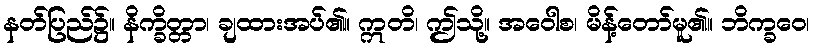
နတ်ပြည်၌။ နိက္ခိတ္တာ၊ ချထားအပ်၏။ ဣတိ၊ ဤသို့။ အဝေါစ၊ မိန့်တော်မူ၏။ ဘိက္ခဝေ၊